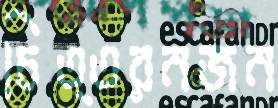
চিত্তরনজন